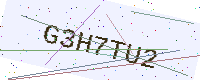
Text: G3H7TU2